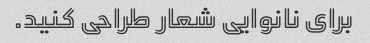
برای نانوایی شعار طراحی کنید.